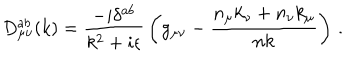
D _ { \mu \nu } ^ { a b } ( k ) = { \frac { - i \delta ^ { a b } } { k ^ { 2 } + i \epsilon } } \left( g _ { \mu \nu } - { \frac { n _ { \mu } k _ { \nu } + n _ { \nu } k _ { \mu } } { n k } } \right) \, .